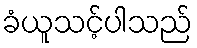
ခံယူသင့်ပါသည်